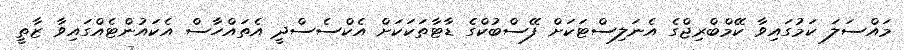
މައްސަލަ ކަމުގައިވާ ކޭމްބްރިޖްގެ އެނަލިސްޓަކަށް ފޭސްބުކްގެ ޑާޓާތަކަކަށް އެކްސެސްދީ އެތައްހާސް އެކައުންޓެއްގައިވާ ޒާތީ